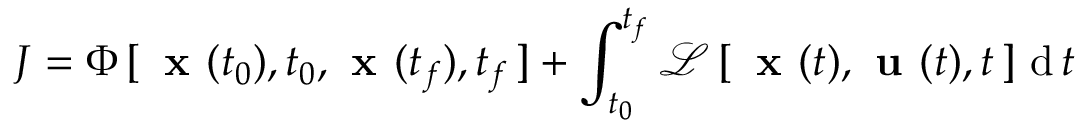
J = \Phi \, [ \, { \textbf { x } } ( t _ { 0 } ) , t _ { 0 } , { \textbf { x } } ( t _ { f } ) , t _ { f } \, ] + \int _ { t _ { 0 } } ^ { t _ { f } } { \mathcal { L } } \, [ \, { \textbf { x } } ( t ) , { \textbf { u } } ( t ) , t \, ] \, \operatorname { d } t